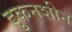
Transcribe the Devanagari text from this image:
दुकनशीन